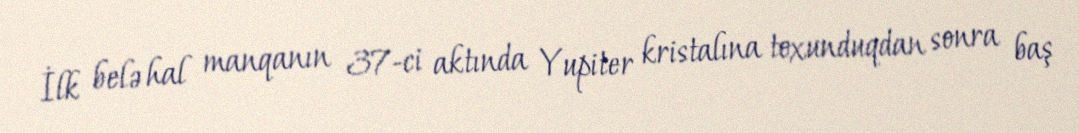
İlk belə hal manqanın 37-ci aktında Yupiter kristalına toxunduqdan sonra baş